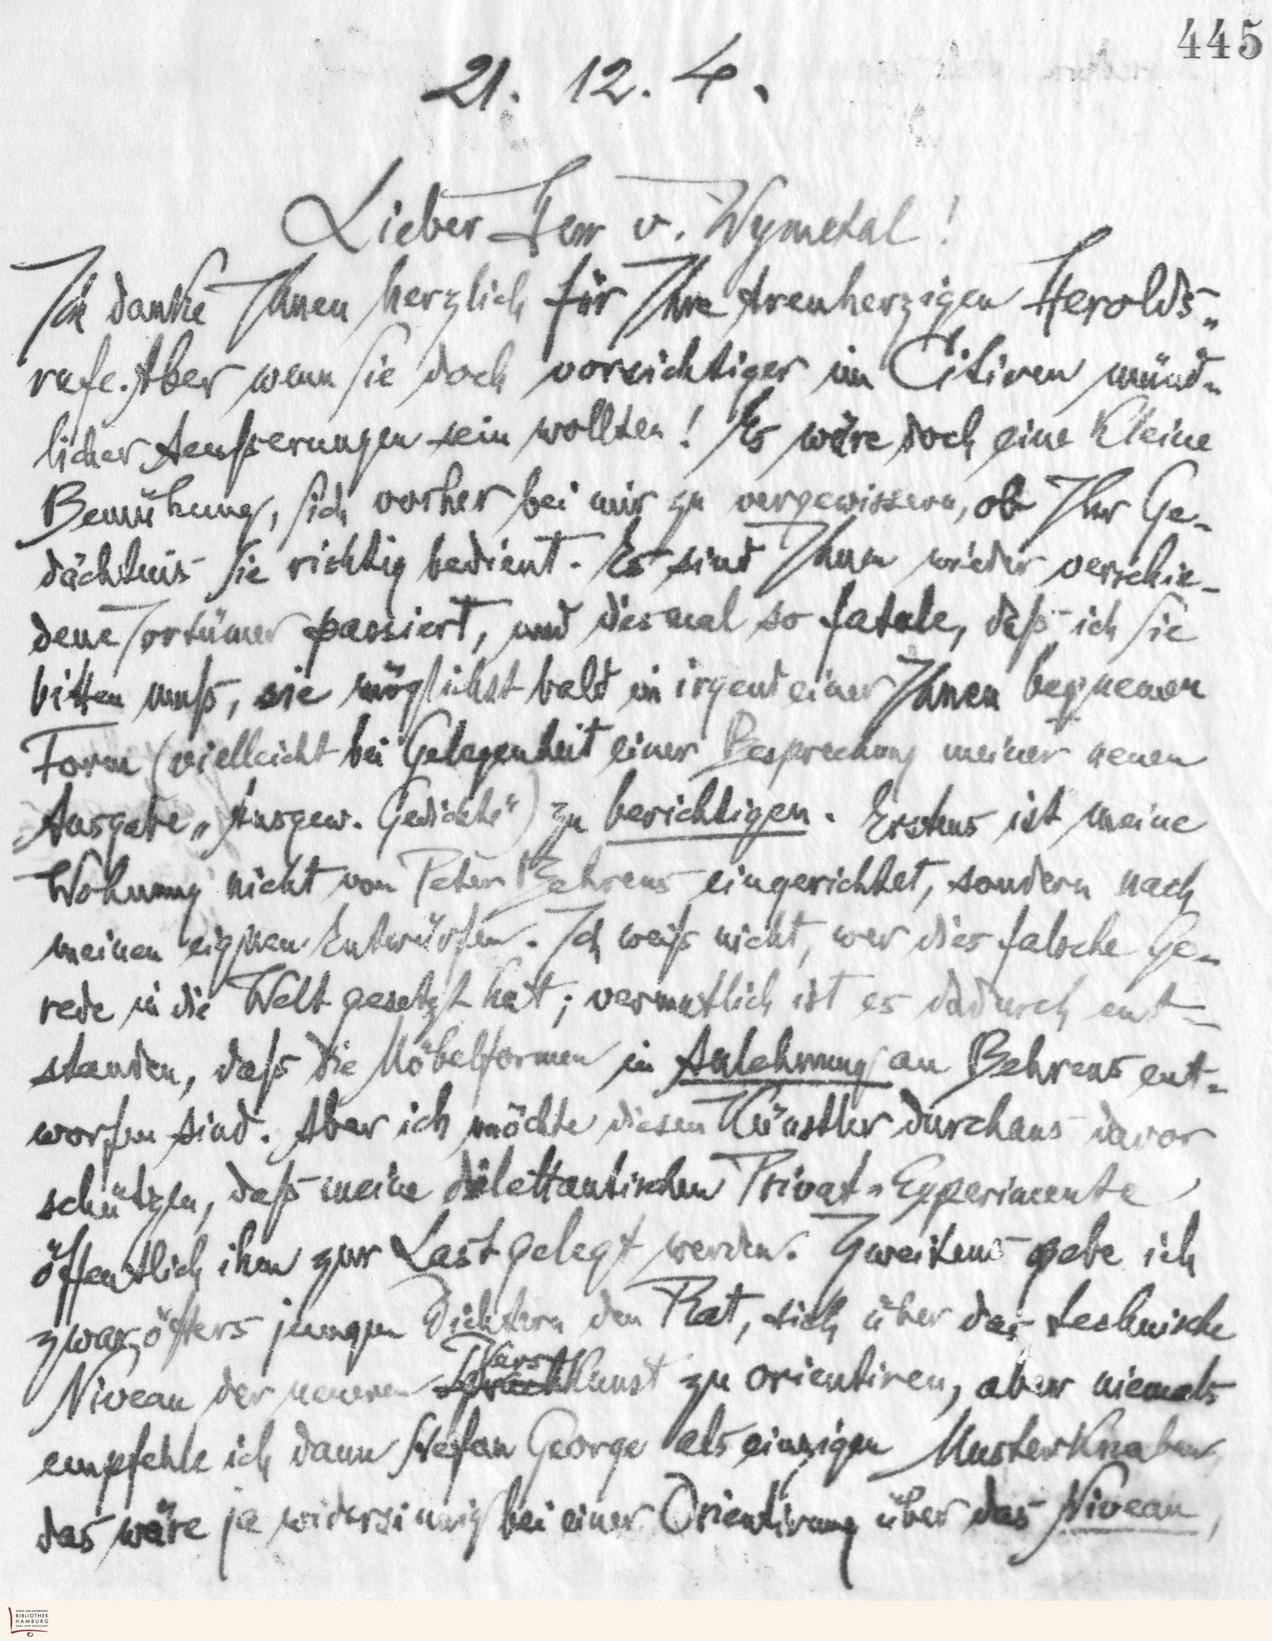
445
21.12.4.
Lieber Herr v. Wymetal !
Ich danke Ihnen herzlich für Ihre treuherzigen Herolds-
rufe. Aber wenn Sie doch vorsichtiger im Citieren münd-
licher Aeußerungen sein wollten ! Es wäre doch eine kleine
Bemühung, sich vorher bei mir zu vergewissern, ob Ihr Ge-
dächtnis Sie richtig bedient. Es sind Ihnen wieder verschie-
dene Irrtümer passiert, und diesmal so fatale, daß ich Sie
bitten muß, sie möglichst bald in irgendeiner Ihnen bequemen
Form (vielleicht bei Gelegenheit einer Besprechung meiner neuen
Ausgabe "Ausgew. Gedichte") zu berichtigen. Erstens ist meine
Wohnung nicht von Peter Behrens eingerichtet, sondern nach
meinen eignen Entwürfen. Ich weiß nicht, wer dies falsche Ge-
rede in die Welt gesetzt hat; vermutlich ist es dadurch ent-
standen, daß die Möberformen in Anlehnung an Behrens ent-
worfen sind. Aber ich möchte diesen Künstler durchaus davor
schützen, daß meine dilettantischen Privat-Experimente
öffentlich ihm zur Last gelegt werden. Zweitens gebe ich
zwar öfters jungen Dichtern den Rat, sich über das technische
Niveau der neuen SpruchVerskunst zu orientieren, aber niemals
empfehle ich dann Stefan George als einzigen Musterknaben,
das wäre ja widersinnig bei einer Orientierung über das Niveau,